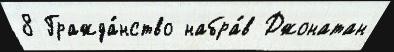
8 Гражда́нство набра́в Джонатан